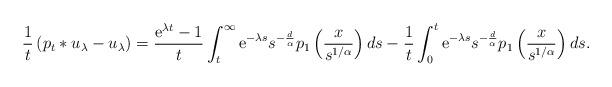
LaTeX: \begin{align*}\frac{1}{t}\left(p_t\ast u_\lambda -u_\lambda\right)=\frac{\mathrm{e}^{\lambda t}-1}{t}\int_t^\infty \mathrm{e}^{-\lambda s} s^{-\frac{d}{\alpha}} p_1\left(\frac{x}{s^{1/\alpha}}\right)ds-\frac{1}{t}\int_0^t \mathrm{e}^{-\lambda s} s^{-\frac{d}{\alpha}} p_1\left(\frac{x}{s^{1/\alpha}}\right)ds. \end{align*}